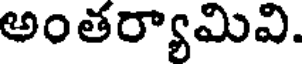
అంతర్యామివి.